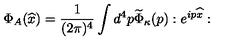
\Phi _ { A } ( \widehat { x } ) = { \frac { 1 } { ( 2 \pi ) ^ { 4 } } } \int d ^ { 4 } p \widetilde { \Phi } _ { \kappa } ( p ) : e ^ { i p \widehat { x } } :